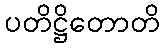
ပတိဋ္ဌိတောတိ